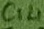
Text: C14